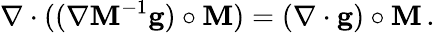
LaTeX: \nabla\cdot((\nabla\mathbf{M}^{-1}\mathbf{{g}})\circ\mathbf{M})=(\nabla\cdot\mathbf{{g}})\circ\mathbf{M}\, .